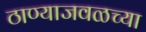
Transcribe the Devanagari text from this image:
ठाण्याजवळच्या